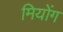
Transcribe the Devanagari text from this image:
मियोंग